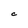
Character: C